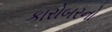
કારોબરનો